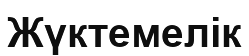
Жүктемелік